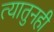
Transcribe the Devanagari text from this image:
त्यातुनही